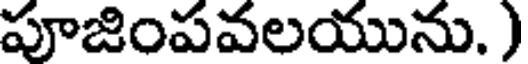
పూజింపవలయును. )